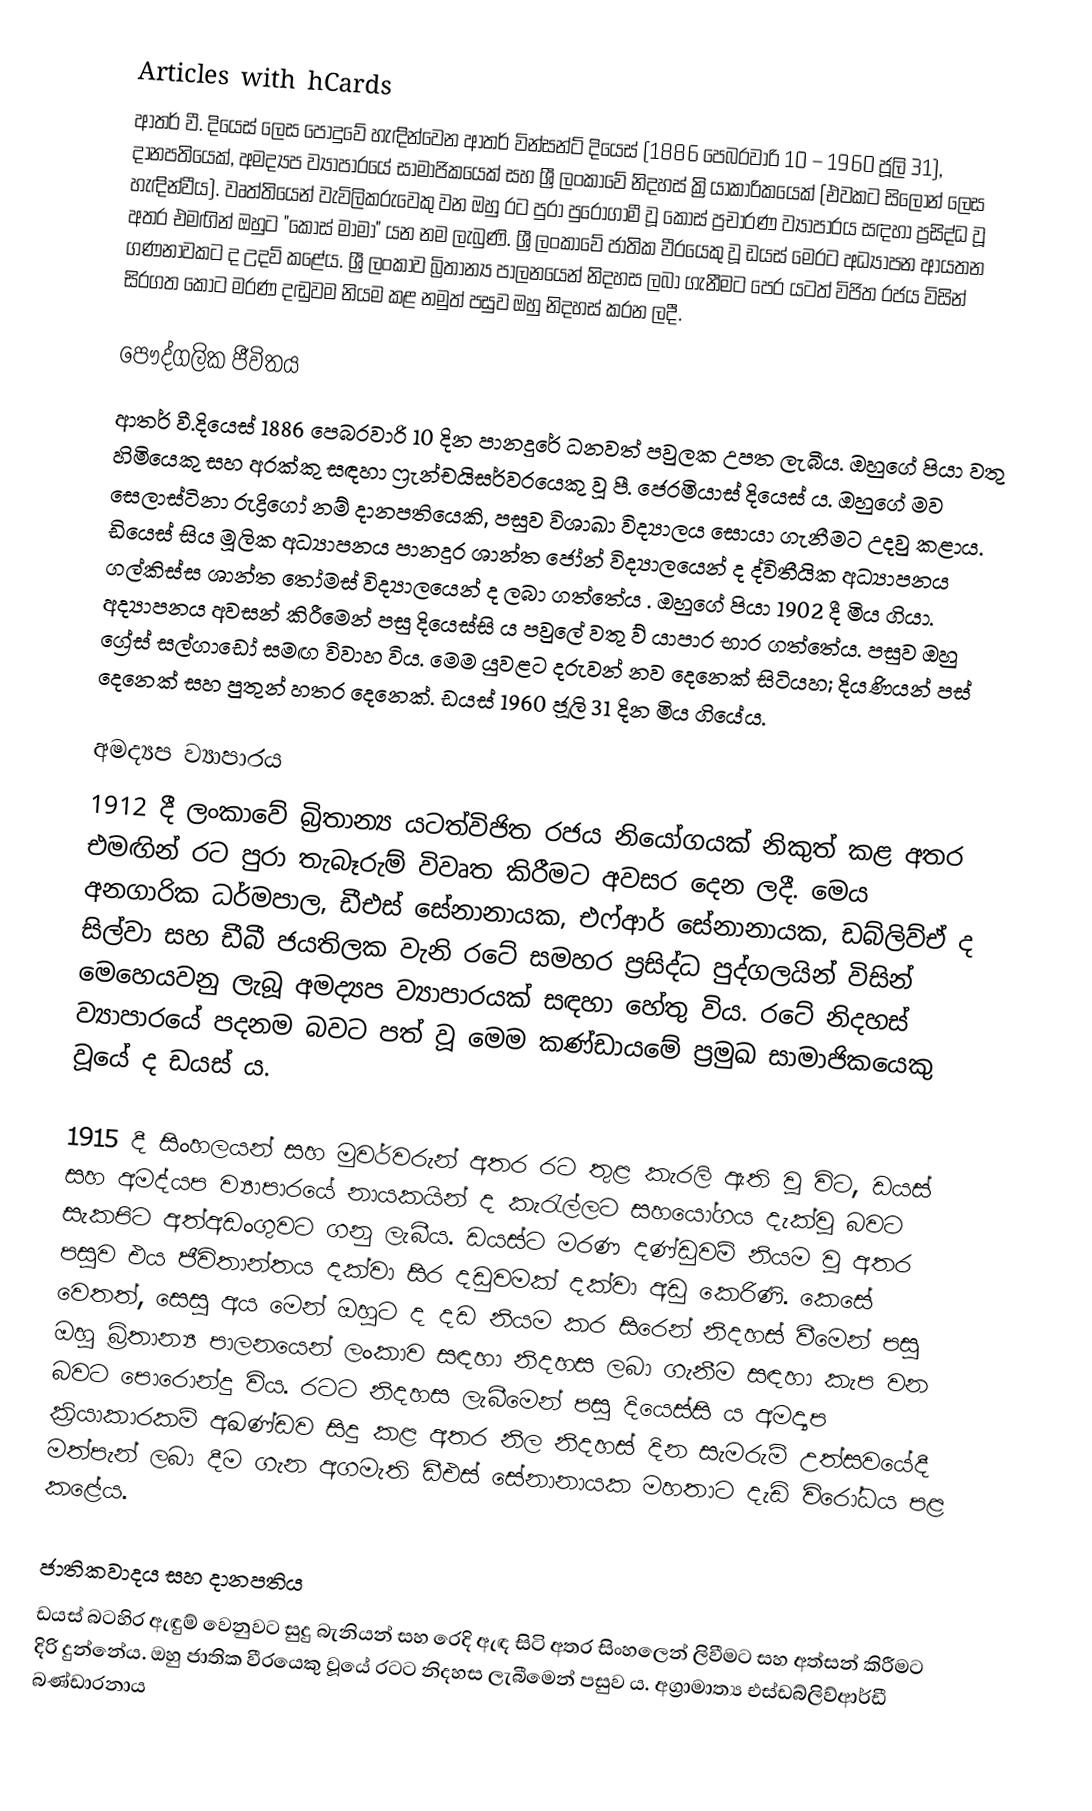
Articles with hCards
ආතර් වී. දියෙස් ලෙස පොදුවේ හැඳින්වෙන ආතර් වින්සන්ට් දියෙස් (1886 පෙබරවාරි 10 – 1960 ජූලි 31), දානපතියෙක්, අමද්‍යප ව්‍යාපාරයේ සාමාජිකයෙක් සහ ශ්‍රී ලංකාවේ නිදහස් ක්‍රියාකාරිකයෙක් (එවකට සිලෝන් ලෙස හැඳින්වීය).  වෘත්තියෙන් වැවිලිකරුවෙකු වන ඔහු රට පුරා පුරෝගාමී වූ කොස් ප්‍රචාරණ ව්‍යාපාරය සඳහා ප්‍රසිද්ධ වූ අතර එමඟින් ඔහුට "කොස් මාමා" යන නම ලැබුණි. ශ්‍රී ලංකාවේ ජාතික වීරයෙකු වූ ඩයස් මෙරට අධ්‍යාපන ආයතන ගණනාවකට ද උදව් කළේය. ශ්‍රී ලංකාව බ්‍රිතාන්‍ය පාලනයෙන් නිදහස ලබා ගැනීමට පෙර යටත් විජිත රජය විසින් සිරගත කොට මරණ දඬුවම නියම කළ නමුත් පසුව ඔහු නිදහස් කරන ලදී.

පෞද්ගලික ජීවිතය
ආතර් වී.දියෙස් 1886 පෙබරවාරි 10 දින පානදුරේ ධනවත් පවුලක උපත ලැබීය. ඔහුගේ පියා වතු හිමියෙකු සහ අරක්කු සඳහා ෆ්‍රැන්චයිසර්වරයෙකු වූ පී. ජෙරමියාස් දියෙස් ය. ඔහුගේ මව සෙලාස්ටිනා රුද්‍රිගෝ නම් දානපතියෙකි, පසුව විශාඛා විද්‍යාලය සොයා ගැනීමට උදවු කළාය. ඩියෙස් සිය මූලික අධ්‍යාපනය පානදුර ශාන්ත ජෝන් විද්‍යාලයෙන් ද ද්විතීයික අධ්‍යාපනය ගල්කිස්ස ශාන්ත තෝමස් විද්‍යාලයෙන් ද ලබා ගත්තේය . ඔහුගේ පියා 1902 දී මිය ගියා. අද්‍යාපනය අවසන් කිරීමෙන් පසු දියෙස්සි ය පවුලේ වතු ව් යාපාර භාර ගත්තේය. පසුව ඔහු ග්‍රේස් සල්ගාඩෝ සමඟ විවාහ විය. මෙම යුවළට දරුවන් නව දෙනෙක් සිටියහ; දියණියන් පස් දෙනෙක් සහ පුතුන් හතර දෙනෙක්. ඩයස් 1960 ජූලි 31 දින මිය ගියේය.

අමද්‍යප ව්‍යාපාරය
1912 දී ලංකාවේ බ්‍රිතාන්‍ය යටත්විජිත රජය නියෝගයක් නිකුත් කළ අතර එමඟින් රට පුරා තැබෑරුම් විවෘත කිරීමට අවසර දෙන ලදී. මෙය අනගාරික ධර්මපාල, ඩීඑස් සේනානායක, එෆ්ආර් සේනානායක, ඩබ්ලිව්ඒ ද සිල්වා සහ ඩීබී ජයතිලක වැනි රටේ සමහර ප්‍රසිද්ධ පුද්ගලයින් විසින් මෙහෙයවනු ලැබූ අමද්‍යප ව්‍යාපාරයක් සඳහා හේතු විය.  රටේ නිදහස් ව්‍යාපාරයේ පදනම බවට පත් වූ මෙම කණ්ඩායමේ ප්‍රමුඛ සාමාජිකයෙකු වූයේ ද ඩයස් ය.

1915 දී සිංහලයන් සහ මුවර්වරුන් අතර රට තුළ කැරලි ඇති වූ විට, ඩයස් සහ අමද්යප ව්‍යාපාරයේ නායකයින් ද කැරැල්ලට සහයෝගය දැක්වූ බවට සැකපිට අත්අඩංගුවට ගනු ලැබීය. ඩයස්ට මරණ දණ්ඩුවම් නියම වූ අතර පසුව එය ජීවිතාන්තය දක්වා සිර දඩුවමක් දක්වා අඩු කෙරිණි. කෙසේ වෙතත්, සෙසු අය මෙන් ඔහුට ද දඩ නියම කර   සිරෙන් නිදහස් වීමෙන් පසු ඔහු බ්‍රිතාන්‍ය පාලනයෙන් ලංකාව සඳහා නිදහස ලබා ගැනීම සඳහා කැප වන බවට පොරොන්දු විය. රටට නිදහස ලැබීමෙන් පසු දියෙස්සි ය අමද්‍යප ක්‍රියාකාරකම් අඛණ්ඩව සිදු කළ අතර නිල නිදහස් දින සැමරුම් උත්සවයේදී මත්පැන් ලබා දීම ගැන අගමැති ඩීඑස් සේනානායක මහතාට දැඩි විරෝධය පළ කළේය.

ජාතිකවාදය සහ දානපතිය
ඩයස් බටහිර ඇඳුම් වෙනුවට සුදු බැනියන් සහ රෙදි ඇඳ සිටි අතර සිංහලෙන් ලිවීමට සහ අත්සන් කිරීමට දිරි දුන්නේය. ඔහු ජාතික වීරයෙකු වූයේ රටට නිදහස ලැබීමෙන් පසුව ය. අග්‍රාමාත්‍ය එස්ඩබ්ලිව්ආර්ඩී බණ්ඩාරනාය